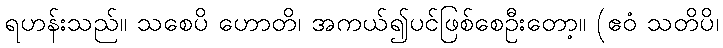
ရဟန်းသည်။ သစေပိ ဟောတိ၊ အကယ်၍ပင်ဖြစ်စေဦးတော့။ (ဧဝံ သတိပိ၊